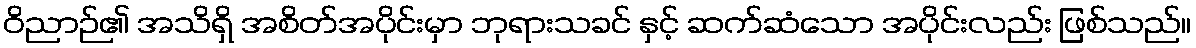
ဝိညာဉ်၏ အသိရှိ အစိတ်အပိုင်းမှာ ဘုရားသခင် နှင့် ဆက်ဆံသော အပိုင်းလည်း ဖြစ်သည်။